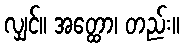
လျှင်။ အတ္ထော၊ တည်း။